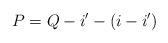
LaTeX: \begin{align*} P = Q - i' - (i - i') \end{align*}